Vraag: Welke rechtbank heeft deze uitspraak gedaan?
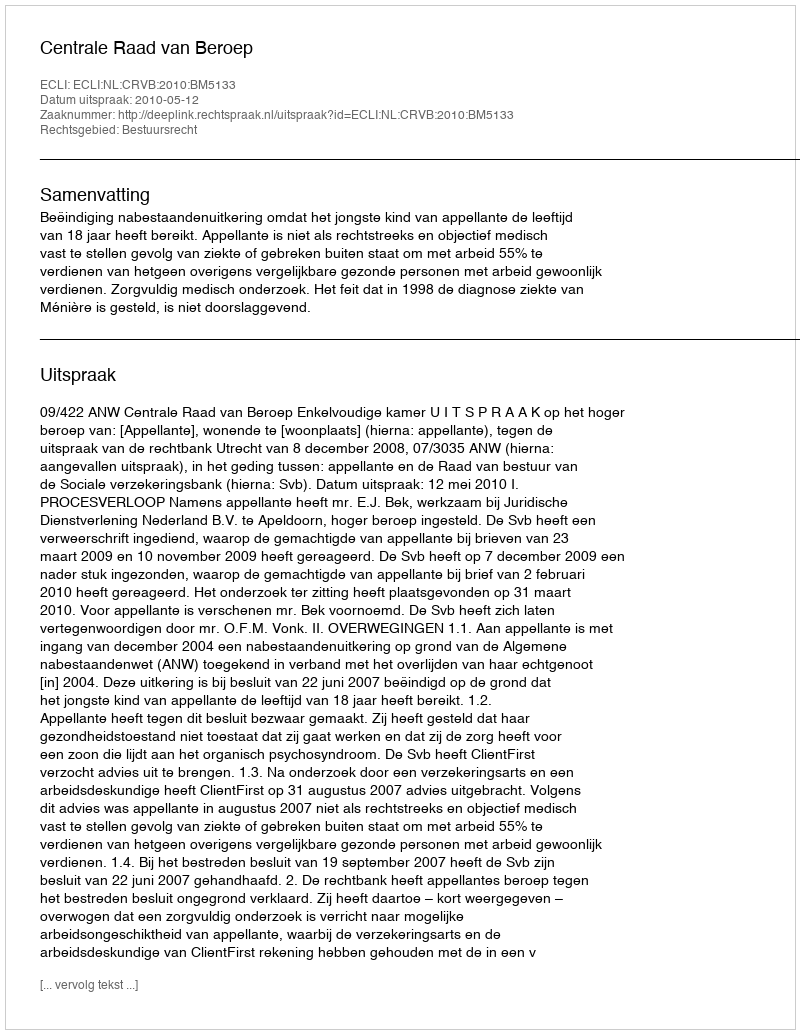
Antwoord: Centrale Raad van Beroep